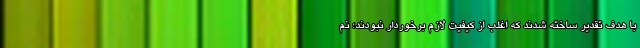
با هدف تقدیر ساخته شدند که اغلب از کیفیت لازم برخوردار نبودند؛ نم